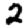
Digit: 2